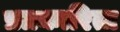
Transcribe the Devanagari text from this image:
प्रत्रकारिता